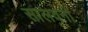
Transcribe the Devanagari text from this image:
सालवनो